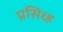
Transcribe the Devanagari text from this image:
प्रसिध्ह